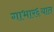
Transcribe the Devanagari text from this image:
गाभार६यात